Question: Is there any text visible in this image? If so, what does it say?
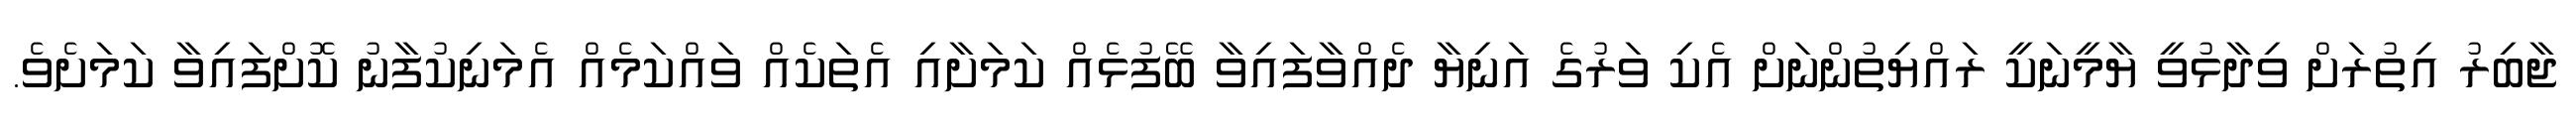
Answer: ޖާބިރު އިތުރަށް ވިދާޅުވީ ޔާމީނަކީ ރައްޔިތުންނަށް އެކި ވަރުގެ އަނިޔާ ދެއްވާފައިވާ ބޭފުޅެއް ކަމަށާއި އެތަކެއް ވައްކަމެއް އެމަނިކުފާނު ކޮށްފައިވާ ކަމަށެވެ.